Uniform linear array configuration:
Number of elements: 32
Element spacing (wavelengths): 0.5
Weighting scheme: cosine
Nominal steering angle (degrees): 30
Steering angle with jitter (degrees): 31.854
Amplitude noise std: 0.05
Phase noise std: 0.05

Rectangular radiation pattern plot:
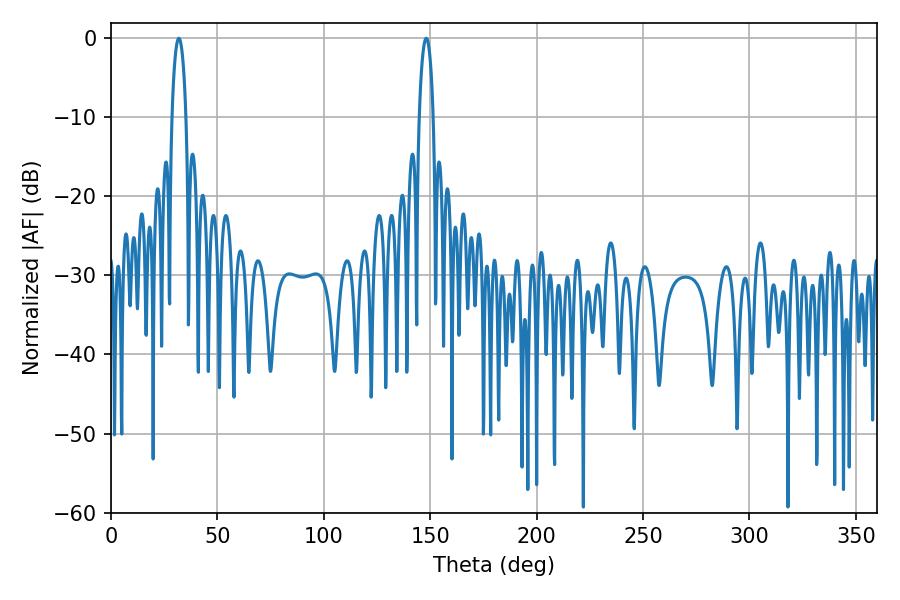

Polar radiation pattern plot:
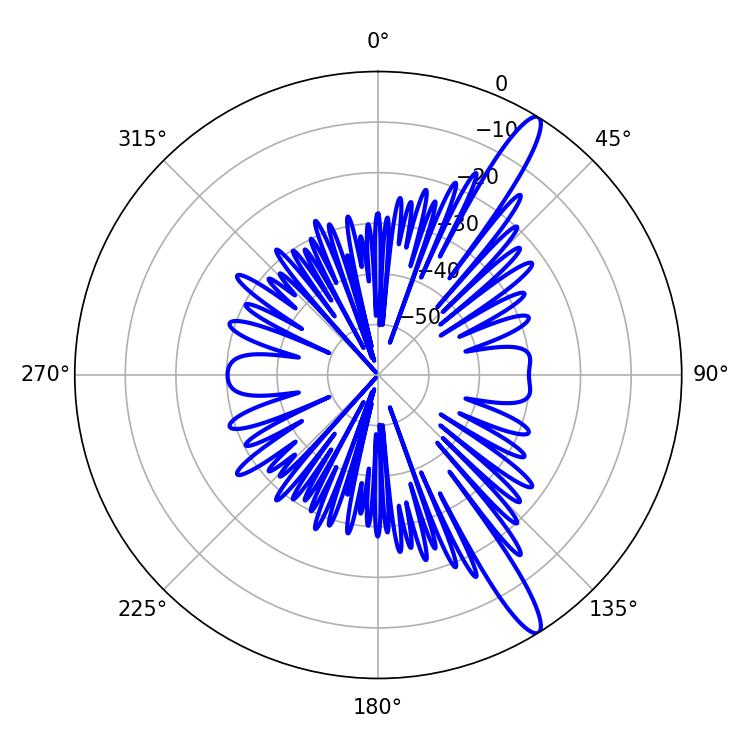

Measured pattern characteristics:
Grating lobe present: FALSE
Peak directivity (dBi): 14.12
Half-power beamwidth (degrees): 3.6
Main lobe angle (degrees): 31.86